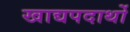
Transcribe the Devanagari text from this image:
खाद्यपदार्थो